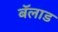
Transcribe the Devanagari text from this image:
बॅलाड